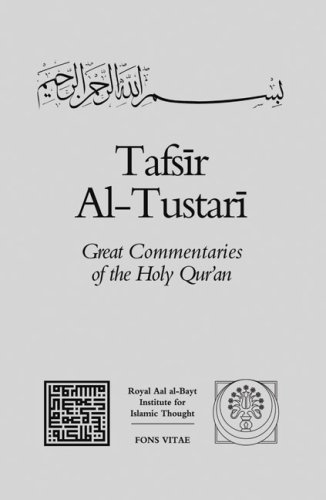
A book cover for Tafsir Al-Tustari (Great Commentaries of the Holy Qur'an) (v. 4); Sahl ibn 'Abd Allah al-Tustari; Religion & Spirituality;